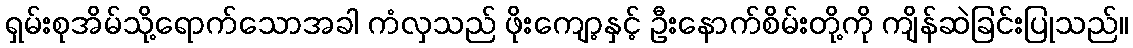
ရှမ်းစုအိမ်သို့ရောက်သောအခါ ကံလှသည် ဖိုးကျော့နှင့် ဦးနောက်စိမ်းတို့ကို ကျိန်ဆဲခြင်းပြုသည်။